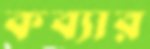
কব্যার